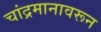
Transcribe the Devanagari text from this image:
चांद्रमानावरून